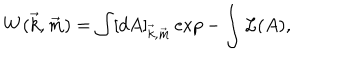
LaTeX: W ( \vec { k } , \vec { m } ) = \int [ d A ] _ { \vec { k } , \vec { m } } \exp - \int { \cal L } ( A ) ,